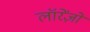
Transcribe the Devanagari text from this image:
लॉरेंज़ो